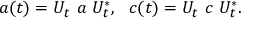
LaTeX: a ( t ) = U _ { t } ~ a ~ U _ { t } ^ { * } , ~ ~ c ( t ) = U _ { t } ~ c ~ U _ { t } ^ { * } .